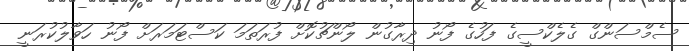
ސެމްސަންގް ގެލެކްސީގެ ފަހުގެ ފޯނު ދިރާގުން ލޯންޗުކޮށް ފުރަތަމަ ކަސްޓަމަރަށް ފޯނު ހަވާލުކުރަނީ